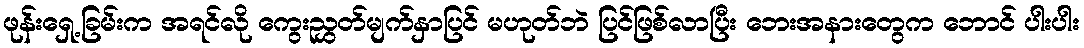
ဖုန်းရှေ့ခြမ်းက အရင်လို ကွေးညွှတ်မျက်နှာပြင် မဟုတ်ဘဲ ပြင်ဖြစ်လာပြီး ဘေးအနားတွေက ဘောင် ပါးပါး